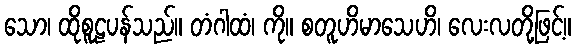
သော၊ ထိုစူဠပန်သည်။ တံဂါထံ၊ ကို။ စတူဟိမာသေဟိ၊ လေးလတို့ဖြင့်။